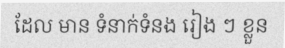
ដែល មាន ទំនាក់ទំនង រៀង ៗ ខ្លួន